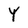
Character: Y